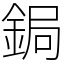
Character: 鋦